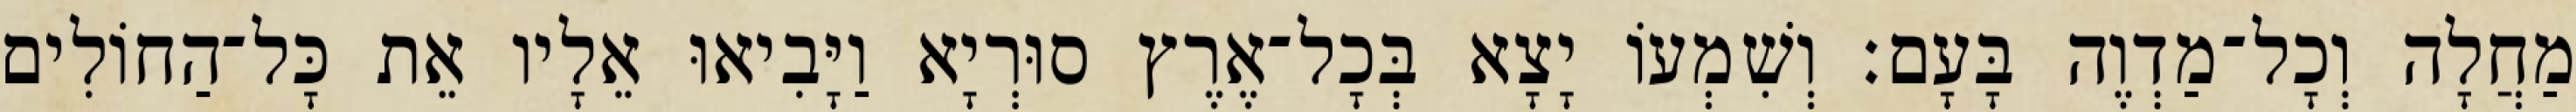
מַחֲלָה וְכָל־מַדְוֶה בָּעָם׃ וְשִׁמְעוֹ יָצָא בְּכָל־אֶרֶץ סוּרְיָא וַיָּבִיאוּ אֵלָיו אֵת כָּל־הַחוֹלִים